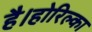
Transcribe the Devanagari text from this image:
है।होरिल्का